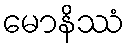
မောနိဿံ